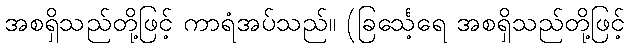
အစရှိသည်တို့ဖြင့် ကာရံအပ်သည်။ (ခြင်္သေ့ရေ အစရှိသည်တို့ဖြင့်